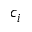
c _ { i }